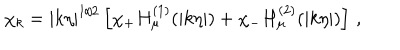
\chi _ { k } = | k \eta | ^ { 1 / 2 } \left[ \chi _ { + } H _ { \mu } ^ { ( 1 ) } ( | k \eta | ) + \chi _ { - } H _ { \mu } ^ { ( 2 ) } ( | k \eta | ) \right] \, ,